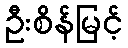
ဦးစိန်မြင့်